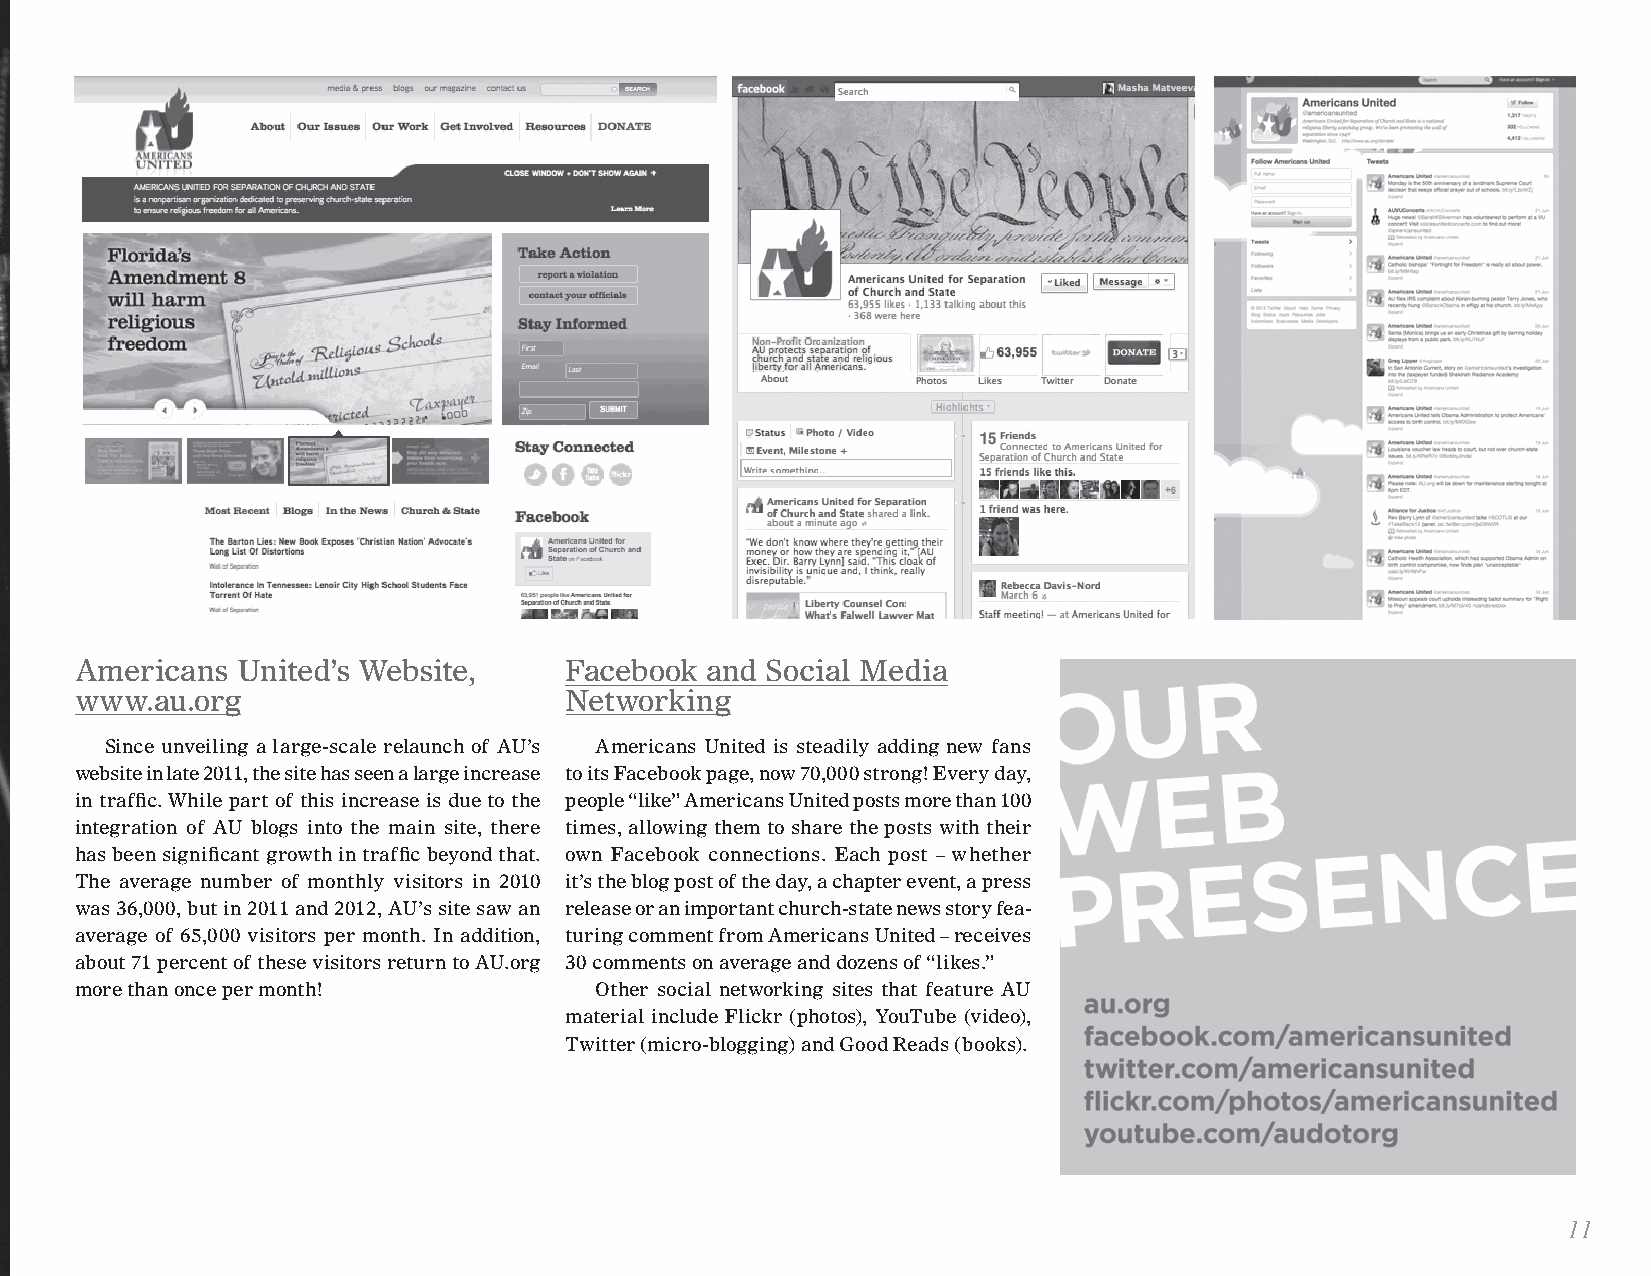
Americans  United’s Website,    Facebook  and Social Media
 www.au.org                      Networking
 Since unveiling a large-scale relaunch of AU’s Americans United is steadily adding new fans
 website in late 2011, the site has seen a large increase to its Facebook page, now 70,000 strong! Every day,
 in traffic. While part of this increase is due to the people “like” Americans United posts more than 100
 integration of AU blogs into the main site, there times, allowing them to share the posts with their
 has been significant growth in traffic beyond that. own Facebook connections. Each post – whether
 The average number of monthly visitors in 2010 it’s the blog post of the day, a chapter event, a press
 was 36,000, but in 2011 and 2012, AU’s site saw an release or an important church-state news story fea-
 average of 65,000 visitors per month. In addition, turing comment from Americans United – receives
 about 71 percent of these visitors return to AU.org 30 comments on average and dozens of “likes.”
 more than once per month!         Other social networking sites that feature AU
 material include Flickr (photos), YouTube (video),
 Twitter (micro-blogging) and Good Reads (books).
 11